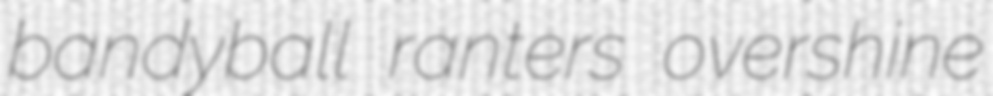
bandyball ranters overshine